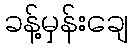
ခန့်မှန်းချေ